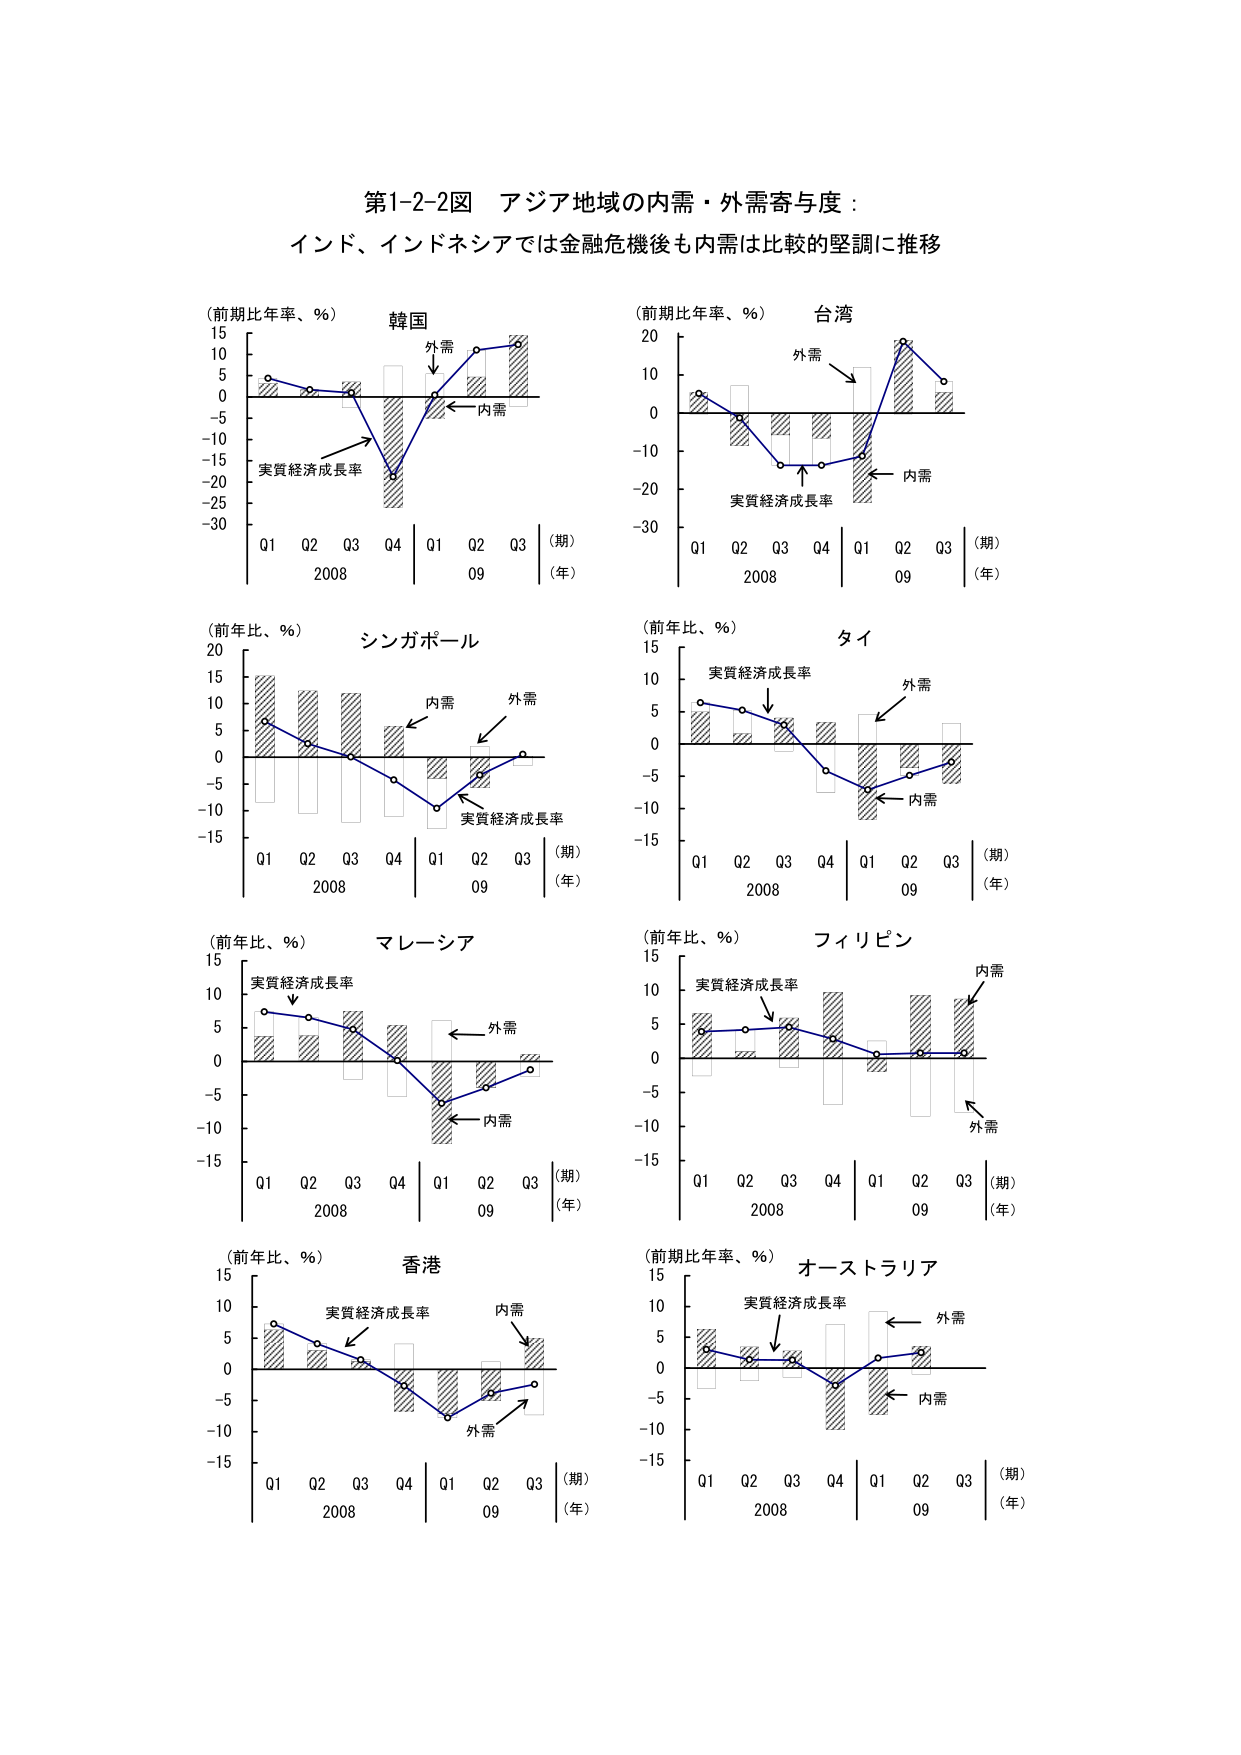
第1-2-2図 アジア地域の内需・外需寄与度：
インド、インドネシアでは金融危機後も内需は比較的堅調に推移

（前期比年率、％） 韓国
15
10
5
0
-5
-10
-15
-20
-25
-30
Q1 Q2 Q3 Q4 | Q1 Q2 Q3
2008 09
（期）
（年）
外需
内需
実質経済成長率

（前期比年率、％） 台湾
20
10
0
-10
-20
-30
Q1 Q2 Q3 Q4 | Q1 Q2 Q3
2008 09
（期）
（年）
外需
内需
実質経済成長率

（前年比、％） シンガポール
20
15
10
5
0
-5
-10
-15
Q1 Q2 Q3 Q4 | Q1 Q2 Q3
2008 09
（期）
（年）
内需
外需
実質経済成長率

（前年比、％） タイ
15
10
5
0
-5
-10
-15
Q1 Q2 Q3 Q4 | Q1 Q2 Q3
2008 09
（期）
（年）
実質経済成長率
外需
内需

（前年比、％） マレーシア
15
10
5
0
-5
-10
-15
Q1 Q2 Q3 Q4 | Q1 Q2 Q3
2008 09
（期）
（年）
実質経済成長率
外需
内需

（前年比、％） フィリピン
15
10
5
0
-5
-10
-15
Q1 Q2 Q3 Q4 | Q1 Q2 Q3
2008 09
（期）
（年）
実質経済成長率
内需
外需

（前年比、％） 香港
15
10
5
0
-5
-10
-15
Q1 Q2 Q3 Q4 | Q1 Q2 Q3
2008 09
（期）
（年）
実質経済成長率
内需
外需

（前期比年率、％） オーストラリア
15
10
5
0
-5
-10
-15
Q1 Q2 Q3 Q4 | Q1 Q2 Q3
2008 09
（期）
（年）
実質経済成長率
外需
内需